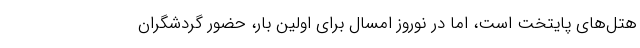
هتل‌های پایتخت است، اما در نوروز امسال برای اولین بار، حضور گردشگران